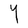
Character: Y